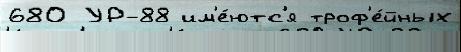
680 УР-88 им'е́ютс'я троф'е́йных